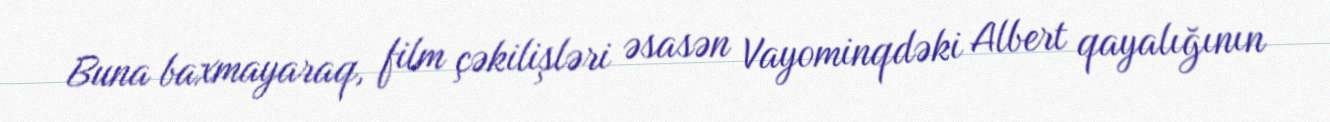
Buna baxmayaraq, film çəkilişləri əsasən Vayominqdəki Albert qayalığının